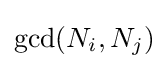
\gcd(N_{i},N_{j})